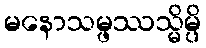
မနောသမ္ဖဿသ္မိမ္ပိ